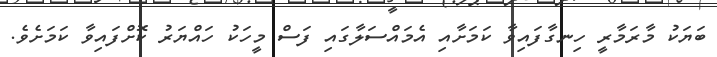
ބަޔަކު މާރަމާރީ ހިނގާފައިވާ ކަމަށާއި އެމައްސަލާގައި ފަސް މީހަކު ހައްޔަރު ކޮށްފައިވާ ކަމަށެވެ.